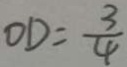
O D = \frac { 3 } { 4 }